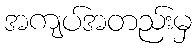
အကျပ်အတည်းမှ